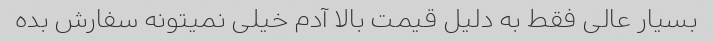
بسیار عالی فقط به دلیل قیمت بالا آدم خیلی نمیتونه سفارش بده